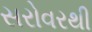
સરોવરથી